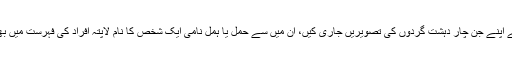
بی ایل اے نے اپنے جن چار دہشت گردوں کی تصویریں جاری کیں، ان میں سے حمل یا ہمل نامی ایک شخص کا نام لاپتہ افراد کی فہرست میں بھی شامل ہے۔